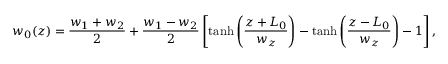
w _ { 0 } ( z ) = \frac { w _ { 1 } + w _ { 2 } } { 2 } + \frac { w _ { 1 } - w _ { 2 } } { 2 } \left[ \operatorname { t a n h } \left( \frac { z + L _ { 0 } } { w _ { z } } \right) - \operatorname { t a n h } \left( \frac { z - L _ { 0 } } { w _ { z } } \right) - 1 \right] ,